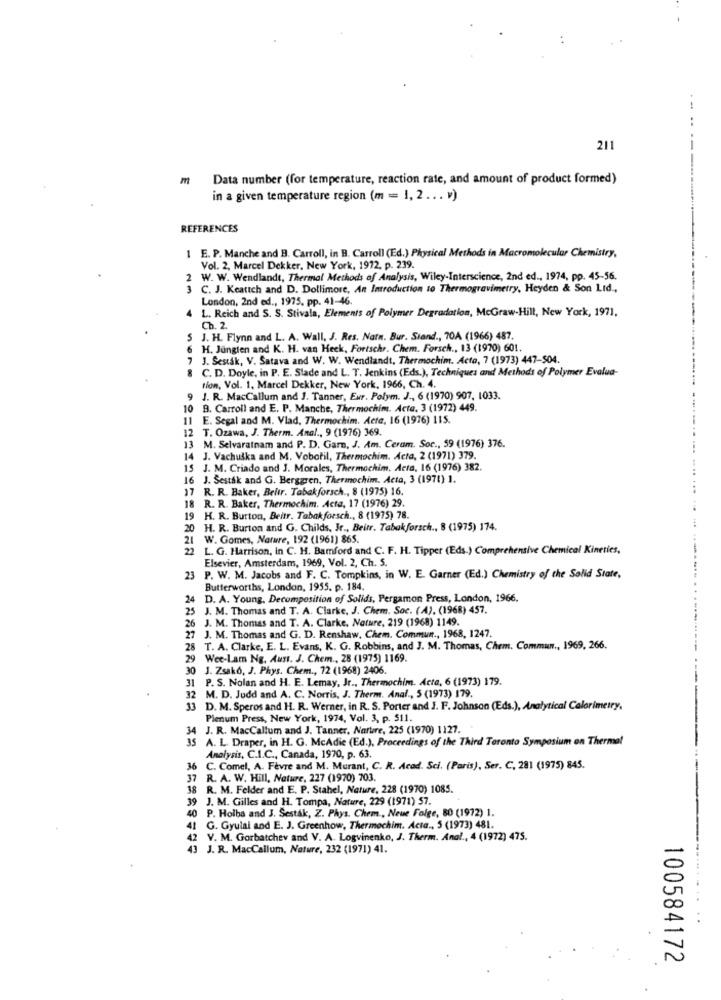
..
211
m
Data number (for temperature, reaction rate, and amount of product formed)
in a given temperature region (m = 1, 2 .. . v)
REFERENCES
1 E. P. Manche and B. Carroll, in B. Carroll (Ed.) Physical Methods in Macromolecular Chemistry,
Vol. 2, Marcel Dekker, New York, 1972. p. 239.
2 W. W. Wendlandt, Thermal Methods of Analysis, Wiley-Interscience, 2nd ed ., 1974, pp. 45-56.
3 C. J. Keattch and D. Dollimore, An Introduction to Thermogravimetry, Heyden & Son Lid .,
London, 2nd ed ., 1975, pp. 41-46.
4 L. Reich and S. S. Stivala, Elements of Polymer Degradation, McGraw-Hill, New York, 1971.
Ch. 2.
5 J. H. Flynn and L. A. Wall, J. Res. Natn. Bur. Stand ., 70A (1966) 487.
H. Junglen and K. H. van Heek, Fortschr. Chem. Forsch ., 13 (1970) 601.
7 J. Sestak, V. Satava and W. W. Wendlandt, Thermochim. Acta, 7 (1973) 447-504.
8 C. D. Doyle, in P. E. Stade and L. T. Jenkins (Eds.), Techniques and Methods of Polymer Evalua-
tion, Vol. 1. Marcel Dekker, New York, 1966, Ch. 4.
9 J. R. MacCallum and J. Tanner, Eur. Polym. J ., 6 (1970) 907, 1033.
B. Carroll and E. P. Manche, Thermochim. Acta. 3 (1972) 449.
11 E. Segal and M. Vlad, Thermochim. Acta, 16 (1976) 115.
12 T. Ozawa, J. Therm. Anal ., 9 (1976) 369.
13 M. Selvaratnam and P. D. Garn, J. Am. Ceram. Soc ., 59 (1976) 376.
14 J. Vachuška and M. Vobotil, Thermochim. Acta, 2 (1971) 379.
15 J. M. Criado and J. Morales, Thermochim. Acta, 16 (1976) 382.
16 J. Sestak and G. Berggren, Thermechim. Acta, 3 (1971) 1.
17 R. R. Baker, Beltr. Tabakforsch ., 8 (1975) 16.
18 R. R. Baker, Thermochim. Acta, 17 (1976) 29.
19 H. R. Burton, Beitr. Tabakforsch ., 8 (1975) 78.
20 H. R. Burton and G. Childs, Jr ., Beitr. Tabakforsch ., 8 (1975) 174.
W. Gomes, Nature, 192 (1961) 865.
L. G. Harrison, in C. H. Bamford and C. F. H. Tipper (Eds.) Comprehensive Chemical Kinetics,
Elsevier, Amsterdam, 1969, Vol. 2, Ch. 5.
23
P. W. M. Jacobs and F. C. Tompkins, in W. E. Garner (Ed.) Chemistry of the Solid State,
Butterworths, London, 1955. p. 184.
24 D. A. Young, Decomposition of Solids, Pergamon Press, London, 1966.
25 J. M. Thomas and T. A. Clarke, J. Chem. Soc. (A), (1968) 457.
26 J. M. Thomas and T. A. Clarke, Nature, 219 (1968) 1149.
27 J. M. Thomas and G. D. Renshaw, Chem. Commun ., 1968, 1247.
8 T. A. Clarke, E. L. Evans, K. G. Robbins, and 3. M. Thomas, Chem. Commun ., 1969, 266.
29 Wee-Lam Ng. Aust. J. Chem ., 28 (1975) 1169.
30 J. 7sak6, J. Phys. Chem ., 72 (1968) 2406.
31 P. S. Nolan and H. E. Lemay, Jr ., Thermochim. Acta, 6 (1973) 179.
32 M. D. Judd and A. C. Norris, J. Therm. Anal ., 5 (1973) 179.
33 D. M. Speros and H. R. Werner, in R. S. Porter and J. F. Johnson (Eds.), Analytical Calorimetry,
Plenum Press, New York, 1974, Vol. 3, p. 511.
34 J. R. MacCallum and J. Tanner, Nartre, 225 (1970) 1127.
35 A. L. Draper, in H. G. McAdic (Ed.), Proceedings of the Third Toronto Symposium on Thermal
Analysis, C.I.C ., Canada, 1970, p. 63.
36
C. Comel, A. Fèvre and M. Murant, C. R. Acad. Sci. (Paris), Ser. C. 281 (1975) 845.
37 R. A. W. Hill, Nature, 227 (1970) 703.
38 R. M. Felder and E. P. Stahel, Nature, 228 (1970) 1085.
39 J. M. Gilles and H. Tompa, Nature, 229 (1971) 57.
40 P. Holba and J. Šesták, Z. Phys. Chem ., Neue Folge, 80 (1992) 1.
41 G. Gyulai and E. J. Greenhow, Thermochim. Acta ., 5 (1973) 481.
42 V. M. Gorbatchev and V. A. Logvinenko, J. Therm. Anal ., 4 (1972) 475.
43 J. R. MacCallum, Nature, 232 (1971) 41.
100584172